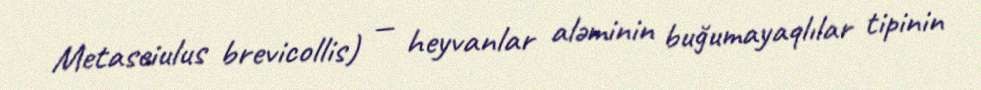
Metaseiulus brevicollis) — heyvanlar aləminin buğumayaqlılar tipinin